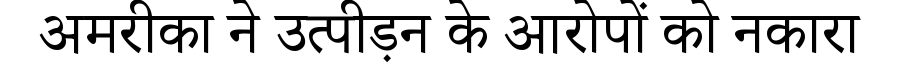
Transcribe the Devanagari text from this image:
अमरीका ने उत्पीड़न के आरोपों को नकारा